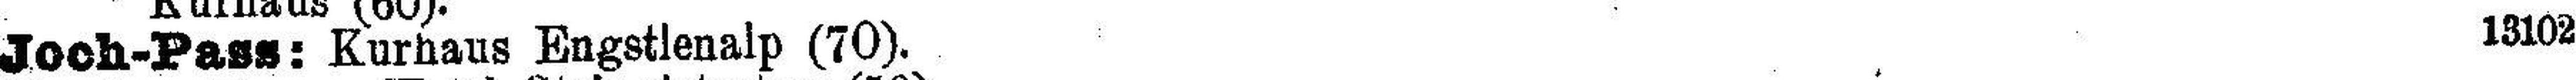
Joch-Pass: Kurhaus Engstlenalp (70).